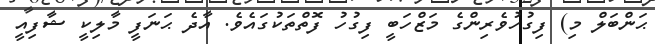
ޙަންބަލް މި) ފިގުހުވެރިންގެ މަޒްހަބީ ފިގުހު ފޮތްތަކުގައެވެ. އާދެ ޙަނަފީ މާލިކީ ޝާފިއީ